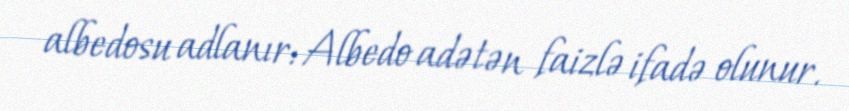
albedosu adlanır: Albedo adətən faizlə ifadə olunur.